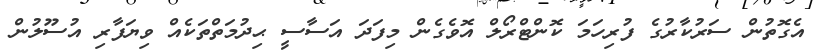
އެގޮތުން ސަރުކާރުގެ ފުރިހަމަ ކޮންޓްރޯލް އޮވެގެން މިފަދަ އަސާސީ ޙިދުމަތްތަކެއް ވިޔަފާރި އުސޫލުން